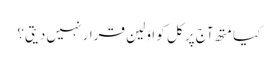
کیا متھ آج پر کل کو اوّلین قرار نہیں دیتی؟